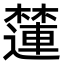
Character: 㰈